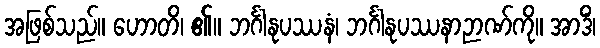
အဖြစ်သည်။ ဟောတိ၊ ၏။ ဘင်္ဂါနုပဿနံ၊ ဘင်္ဂါနုပဿနာဉာဏ်ကို။ အာဒိံ၊